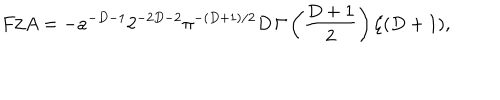
F / A = - a ^ { - D - 1 } 2 ^ { - 2 D - 2 } \pi ^ { - ( D + 1 ) / 2 } D \, \Gamma \left( { \frac { D + 1 } { 2 } } \right) \zeta ( D + 1 ) ,